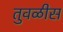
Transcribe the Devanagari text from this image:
तुवळीस